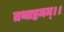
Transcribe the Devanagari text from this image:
तथाष्टमम्।।